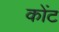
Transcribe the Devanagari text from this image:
कोंट